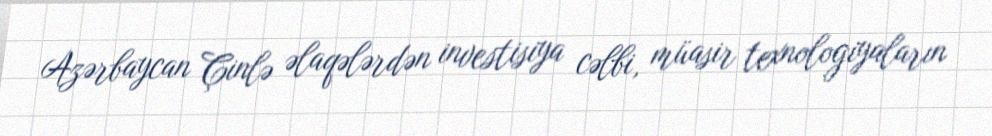
Azərbaycan Çinlə əlaqələrdən investisiya cəlbi, müasir texnologiyaların